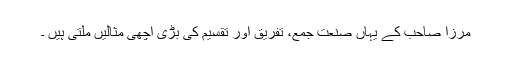
مرزا صاحب کے یہاں صنعت جمع، تفریق اور تقسیم کی بڑی اچھی مثالیں ملتی ہیں ۔